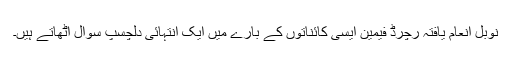
نوبل انعام یافتہ رچرڈ فیمین ایسی کائناتوں کے بارے میں ایک انتہائی دلچسپ سوال اٹھاتے ہیں۔